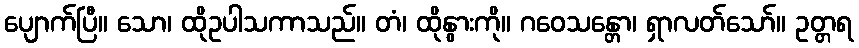
ပျောက်ပြီ။ သော၊ ထိုဥပါသကာသည်။ တံ၊ ထိုနွားကို။ ဂဝေသန္တော၊ ရှာလတ်သော်။ ဥတ္တရ